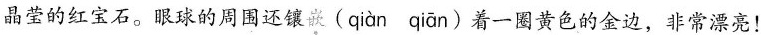
晶莹的红宝石。眼球的周围还镶嵌(qiàn qiān)着一圈黄色的金边，非常漂亮！